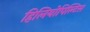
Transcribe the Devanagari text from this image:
हिलियोपिल्टिस